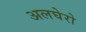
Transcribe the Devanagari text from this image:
अलघेरो